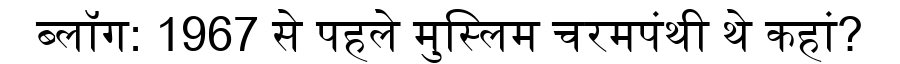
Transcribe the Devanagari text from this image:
ब्लॉग: 1967 से पहले मुस्लिम चरमपंथी थे कहां?